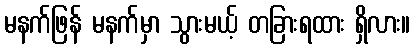
မနက်ဖြန် မနက်မှာ သွားမယ့် တခြားရထား ရှိလား။